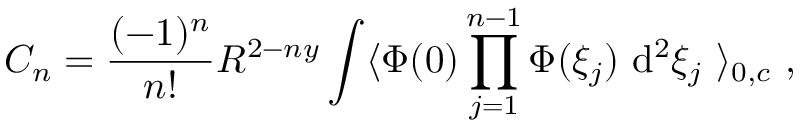
C _ { n } = \frac { ( - 1 ) ^ { n } } { n ! } R ^ { 2 - n y } \int \langle \Phi ( 0 ) \prod _ { j = 1 } ^ { n - 1 } \Phi ( \xi _ { j } ) \ \mathrm { d } ^ { 2 } \xi _ { j } \ \rangle _ { 0 , c } \ ,